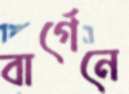
বার্গেনে